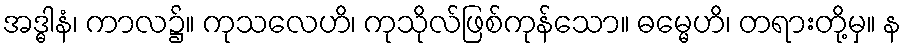
အဒ္ဓါနံ၊ ကာလ၌။ ကုသလေဟိ၊ ကုသိုလ်ဖြစ်ကုန်သော။ ဓမ္မေဟိ၊ တရားတို့မှ။ န